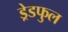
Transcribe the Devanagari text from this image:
ड्रेडफुल